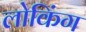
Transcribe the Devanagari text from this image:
लोकिंग